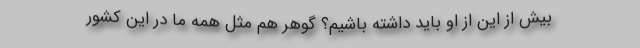
بیش از این از او باید داشته باشیم؟ گوهر هم مثل همهٔ ما در این کشور